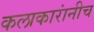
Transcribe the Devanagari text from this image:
कलाकारांनीच